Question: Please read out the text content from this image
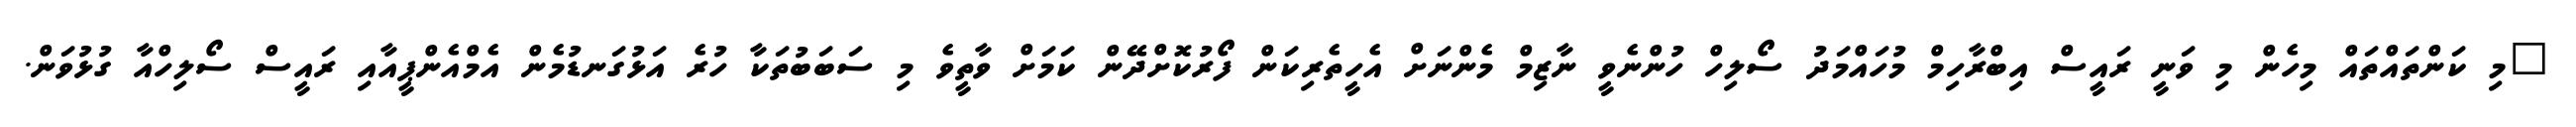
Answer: "މި ކަންތައްތައް މިހެން މި ވަނީ ރައީސް އިބްރާހިމް މުހައްމަދު ސޯލިހް ހުންނެވީ ނާޒިމް މެންނަށް އެހީތެރިކަން ފޯރުކޮށްދޭން ކަމަށް ވާތީވެ މި ސަބަބުތަކާ ހުރެ އަޅުގަނޑުމެން އެމްއެންޕީއާއި ރައީސް ސޯލިހްއާ ގުޅުވަން.